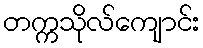
တက္ကသိုလ်ကျောင်း